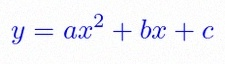
y=ax^2+bx+c